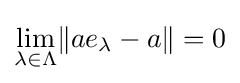
\lim _{\lambda \in \Lambda }\lVert ae_{\lambda }-a\rVert =0